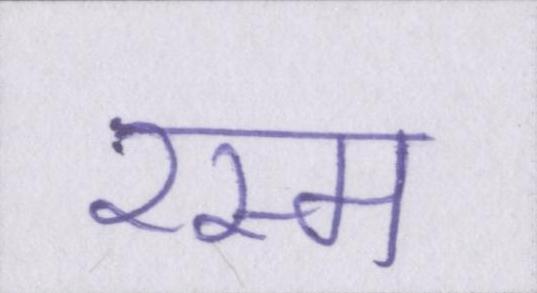
रस्म